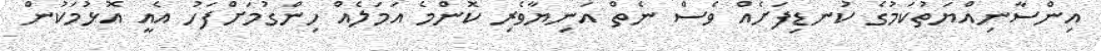
އިންސާނިއްޔަތުކަމުގެ ކުނޑިފަށެއް ވެސް ނެތް އަނިޔާވެރި ކޮންމެ އަމަލެއް ހިންގުމަށްފަހު އެއީ އޮޅުމަކުން